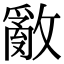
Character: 𢿳